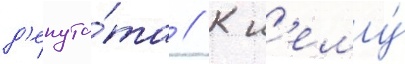
д'епута́та // К н'ему́